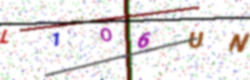
Text: L1O6UN